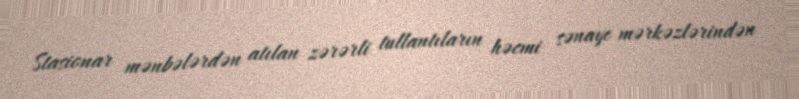
Stasionar mənbələrdən atılan zərərli tullantıların həcmi sənaye mərkəzlərindən